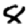
Digit: 8